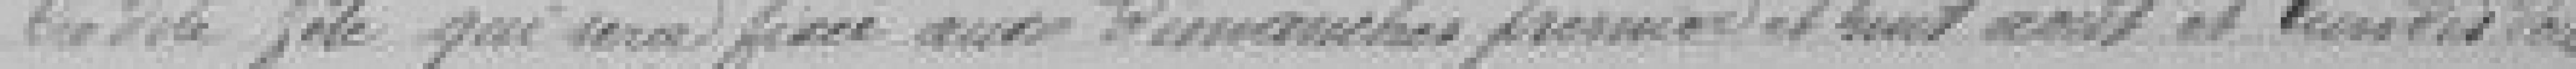
cette fête qui sera fixée aux dimanches premier et huit août et lundis  deux